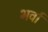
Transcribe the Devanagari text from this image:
भर्वां